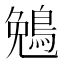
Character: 𬷖